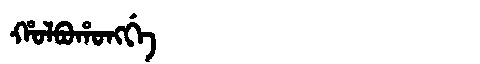
Manchu: ᡥᠣᠯᠪᠣᡥᠣᠩᡤᡝ
Romanization: HOLBOHONGGE